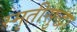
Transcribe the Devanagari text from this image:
स्मृतीसुद्धा